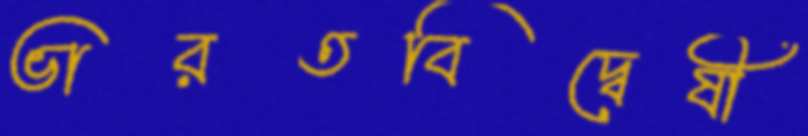
ভারতবিদ্বেষী